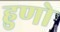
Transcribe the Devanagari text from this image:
हुणो